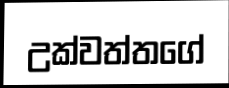
උක්වත්තගේ